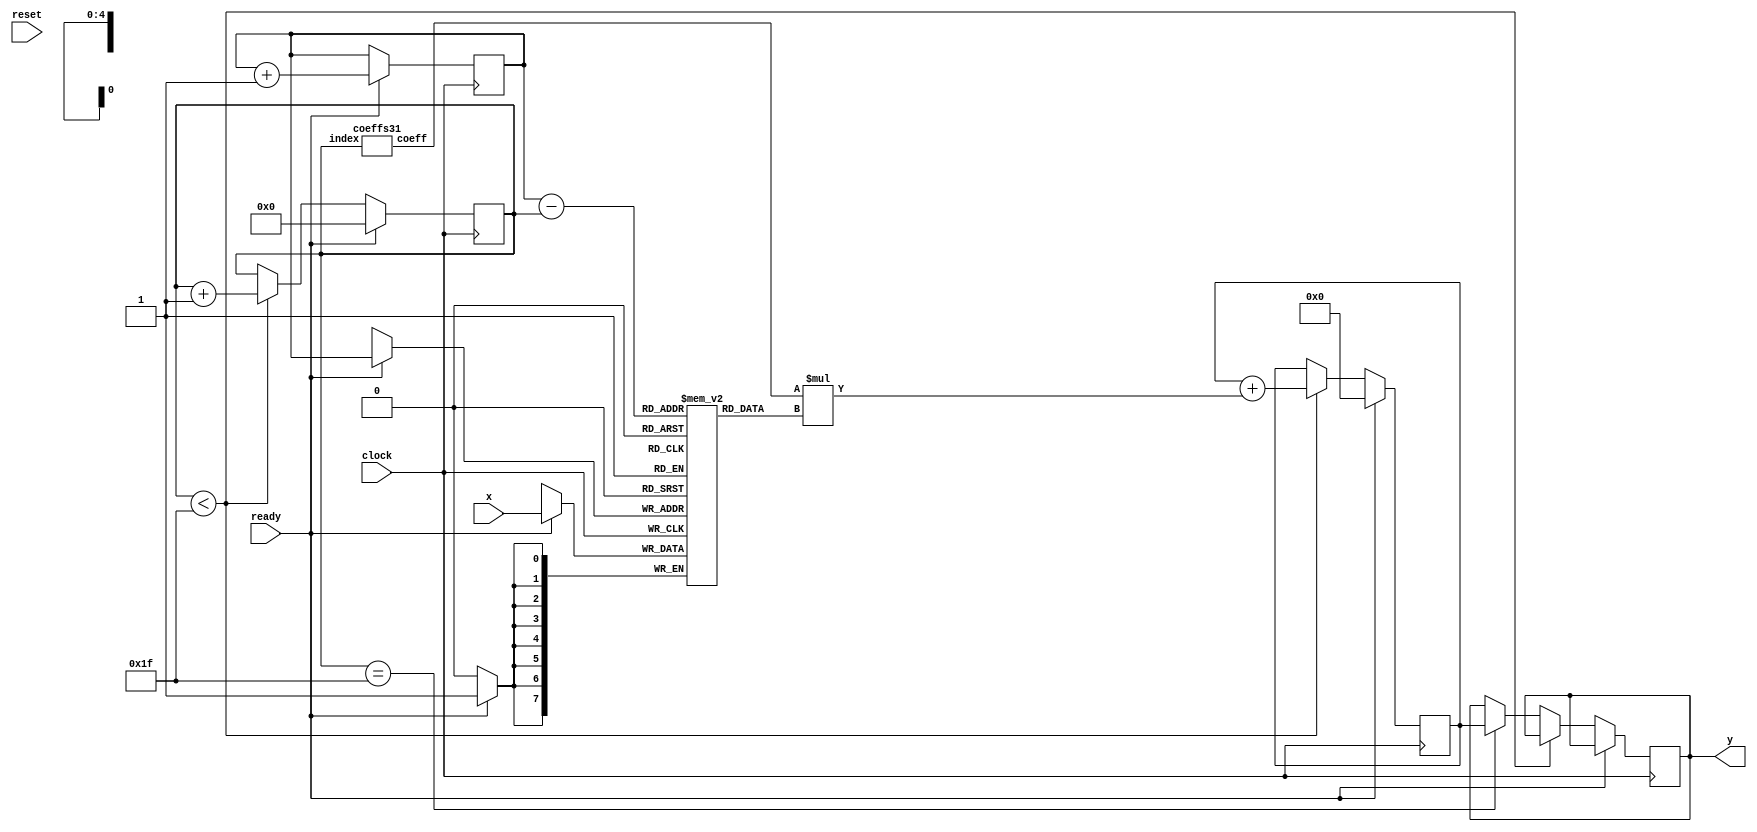
module fir31(
  input wire clock,reset,ready,
  input wire signed [7:0] x,
  output reg signed [17:0] y
);
  reg [7:0] sample[31:0];
  reg [4:0] offset = 0;
  wire signed [9:0] coeff;
  reg [4:0] r_index;
  wire [4:0] index;
  assign index = r_index;
  reg signed [17:0] accum = 0;
  coeffs31 a(.index(index), .coeff(coeff));
  
  always @(posedge clock) begin
    if (ready) begin
		offset <= offset + 1;
		accum <= 0;
		r_index <= 0;
		sample[offset] <= x;
	 end
	 else if (r_index < 31) begin
		accum <= accum + (coeff * sample[offset - r_index]);
		r_index <= r_index + 1;
	 end
	 else if (r_index == 31) y <= accum;
  end
endmodule

///////////////////////////////////////////////////////////////////////////////
//
// Coefficients for a 31-tap low-pass FIR filter with Wn=.125 (eg, 3kHz for a
// 48kHz sample rate).  Since we're doing integer arithmetic, we've scaled
// the coefficients by 2**10
// Matlab command: round(fir1(30,.125)*1024)
//
///////////////////////////////////////////////////////////////////////////////

module coeffs31(
  input wire [4:0] index,
  output reg signed [9:0] coeff
);
  // tools will turn this into a 31x10 ROM
  always @(index)
    case (index)
      5'd0:  coeff = -10'sd1;
      5'd1:  coeff = -10'sd1;
      5'd2:  coeff = -10'sd3;
      5'd3:  coeff = -10'sd5;
      5'd4:  coeff = -10'sd6;
      5'd5:  coeff = -10'sd7;
      5'd6:  coeff = -10'sd5;
      5'd7:  coeff = 10'sd0;
      5'd8:  coeff = 10'sd10;
      5'd9:  coeff = 10'sd26;
      5'd10: coeff = 10'sd46;
      5'd11: coeff = 10'sd69;
      5'd12: coeff = 10'sd91;
      5'd13: coeff = 10'sd110;
      5'd14: coeff = 10'sd123;
      5'd15: coeff = 10'sd128;
      5'd16: coeff = 10'sd123;
      5'd17: coeff = 10'sd110;
      5'd18: coeff = 10'sd91;
      5'd19: coeff = 10'sd69;
      5'd20: coeff = 10'sd46;
      5'd21: coeff = 10'sd26;
      5'd22: coeff = 10'sd10;
      5'd23: coeff = 10'sd0;
      5'd24: coeff = -10'sd5;
      5'd25: coeff = -10'sd7;
      5'd26: coeff = -10'sd6;
      5'd27: coeff = -10'sd5;
      5'd28: coeff = -10'sd3;
      5'd29: coeff = -10'sd1;
      5'd30: coeff = -10'sd1;
      default: coeff = 10'hXXX;
    endcase
endmodule